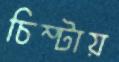
চিম্‌টায়